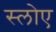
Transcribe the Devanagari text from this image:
स्लोए